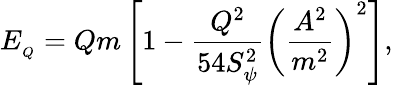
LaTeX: E_{_Q}=Qm\left[1-\frac{Q^{2}}{54S_{\psi}^{2}}\left(\frac{A^{2}}{m^{2}}\right)^{2}\right],